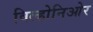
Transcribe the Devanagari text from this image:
विल्होनिओर